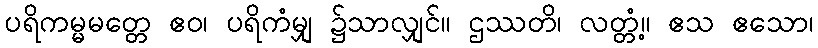
ပရိကမ္မမတ္တေ ဧဝ၊ ပရိကံမျှ ၌သာလျှင်။ ဌဿတိ၊ လတ္တံ့။ ဧသ ဧသော၊